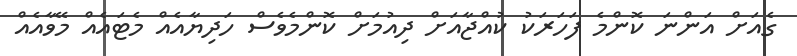
ގެއަށް އަންނަ ކޮންމެ ފަހަރަކު ކުއްޖާއަށް ދިއުމަށް ކޮންމެވެސް ހަދިޔާއެއް މެޓައެއް މޭވާއެއް